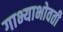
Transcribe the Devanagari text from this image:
गाभ्याभोवती